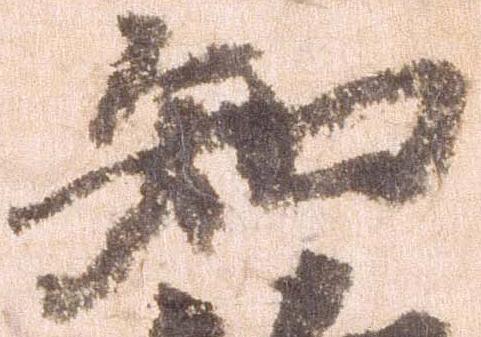
知